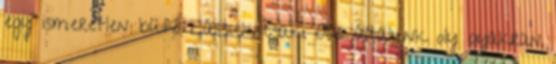
egy ismeretlen büfé Lássuk csak. Az általunk oly gyakran